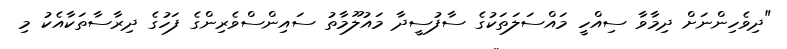
"ދިވެހިންނަށް ދިމާވާ ސިއްހީ މައްސަލަތަކުގެ ސާފުސީދާ މައުލޫމާތު ސައިންސްވެރިންގެ ފަހުގެ ދިރާސާތަކާއެކު މި